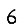
Digit: 6